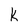
Character: K